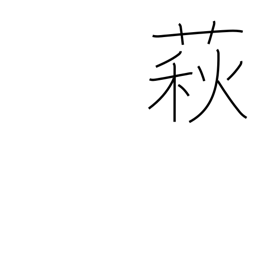
Meaning: bush clover